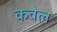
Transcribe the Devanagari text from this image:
कवेल